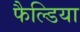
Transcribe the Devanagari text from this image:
फैल्डिया